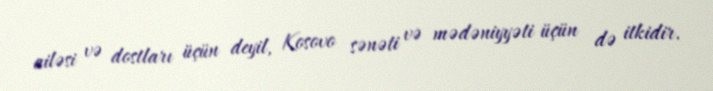
ailəsi və dostları üçün deyil, Kosovo sənəti və mədəniyyəti üçün də itkidir.